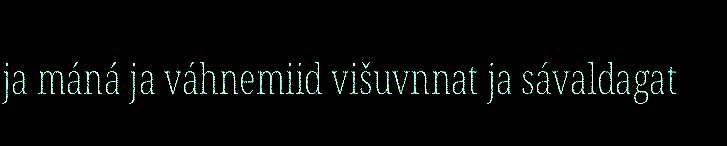
ja máná ja váhnemiid višuvnnat ja sávaldagat